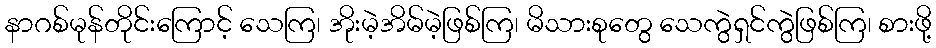
နာဂစ်မုန်တိုင်းကြောင့် သေကြ၊ အိုးမဲ့အိမ်မဲ့ဖြစ်ကြ၊ မိသားစုတွေ သေကွဲရှင်ကွဲဖြစ်ကြ၊ စားဖို့